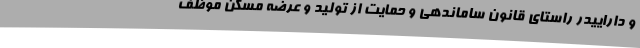
و داراییدر راستای قانون ساماندهی و حمایت از تولید و عرضه مسکن موظف